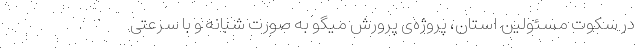
در سکوت مسئولین استان، پروژه‌ی پرورش میگو به صورت شبانه و با سرعتی